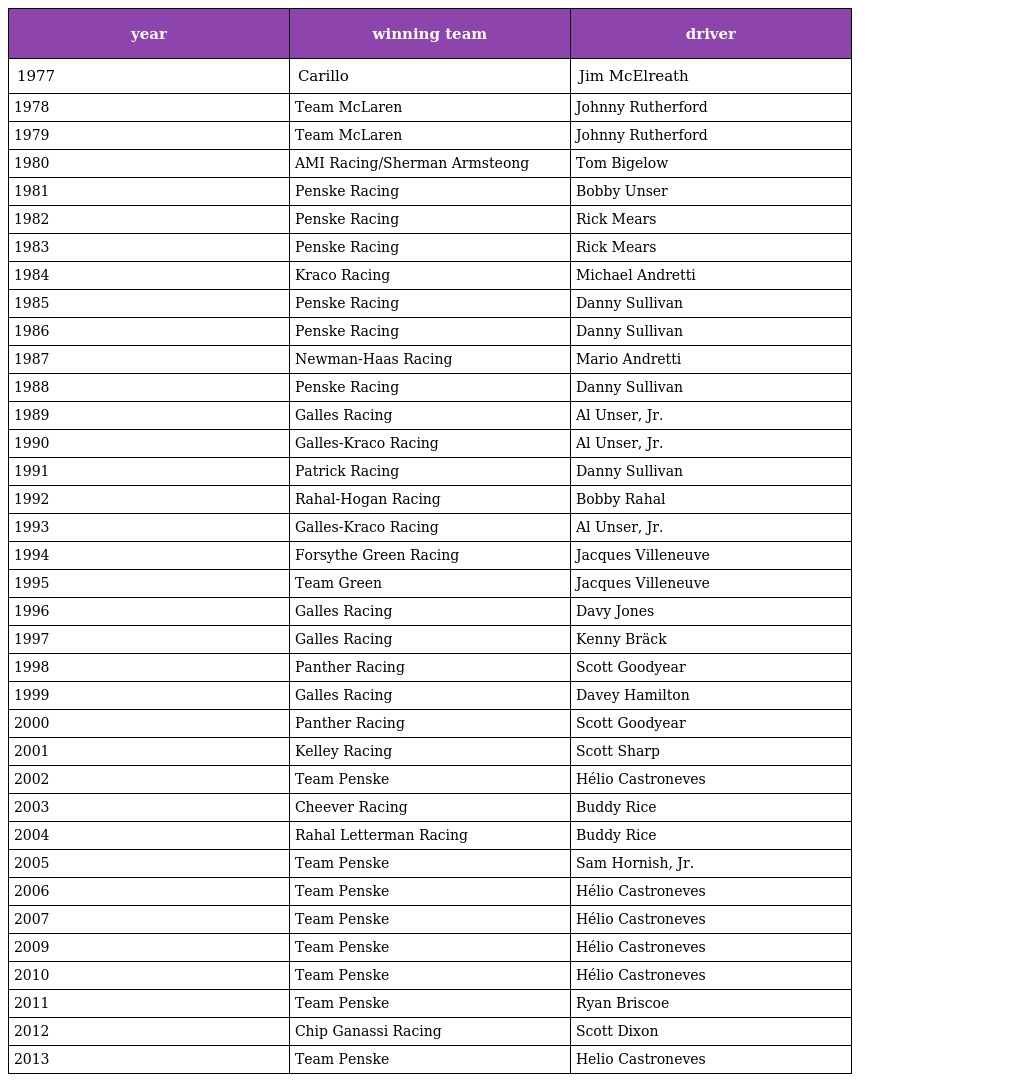
| year | winning team | driver |
 | --- | --- | --- |
 | 1977 | Carillo | Jim McElreath |
 | 1978 | Team McLaren | Johnny Rutherford |
 | 1979 | Team McLaren | Johnny Rutherford |
 | 1980 | AMI Racing/Sherman Armsteong | Tom Bigelow |
 | 1981 | Penske Racing | Bobby Unser |
 | 1982 | Penske Racing | Rick Mears |
 | 1983 | Penske Racing | Rick Mears |
 | 1984 | Kraco Racing | Michael Andretti |
 | 1985 | Penske Racing | Danny Sullivan |
 | 1986 | Penske Racing | Danny Sullivan |
 | 1987 | Newman-Haas Racing | Mario Andretti |
 | 1988 | Penske Racing | Danny Sullivan |
 | 1989 | Galles Racing | Al Unser, Jr. |
 | 1990 | Galles-Kraco Racing | Al Unser, Jr. |
 | 1991 | Patrick Racing | Danny Sullivan |
 | 1992 | Rahal-Hogan Racing | Bobby Rahal |
 | 1993 | Galles-Kraco Racing | Al Unser, Jr. |
 | 1994 | Forsythe Green Racing | Jacques Villeneuve |
 | 1995 | Team Green | Jacques Villeneuve |
 | 1996 | Galles Racing | Davy Jones |
 | 1997 | Galles Racing | Kenny Bräck |
 | 1998 | Panther Racing | Scott Goodyear |
 | 1999 | Galles Racing | Davey Hamilton |
 | 2000 | Panther Racing | Scott Goodyear |
 | 2001 | Kelley Racing | Scott Sharp |
 | 2002 | Team Penske | Hélio Castroneves |
 | 2003 | Cheever Racing | Buddy Rice |
 | 2004 | Rahal Letterman Racing | Buddy Rice |
 | 2005 | Team Penske | Sam Hornish, Jr. |
 | 2006 | Team Penske | Hélio Castroneves |
 | 2007 | Team Penske | Hélio Castroneves |
 | 2009 | Team Penske | Hélio Castroneves |
 | 2010 | Team Penske | Hélio Castroneves |
 | 2011 | Team Penske | Ryan Briscoe |
 | 2012 | Chip Ganassi Racing | Scott Dixon |
 | 2013 | Team Penske | Helio Castroneves |